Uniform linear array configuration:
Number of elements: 24
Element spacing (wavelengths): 1
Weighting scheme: kaiser
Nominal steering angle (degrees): -15
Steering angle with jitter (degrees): -14.77
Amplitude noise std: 0.05
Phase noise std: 0.05

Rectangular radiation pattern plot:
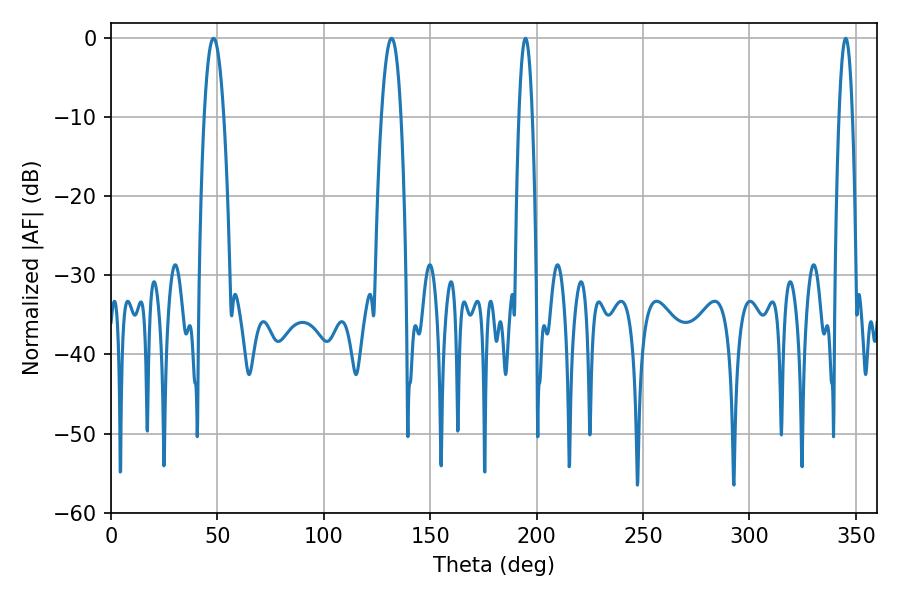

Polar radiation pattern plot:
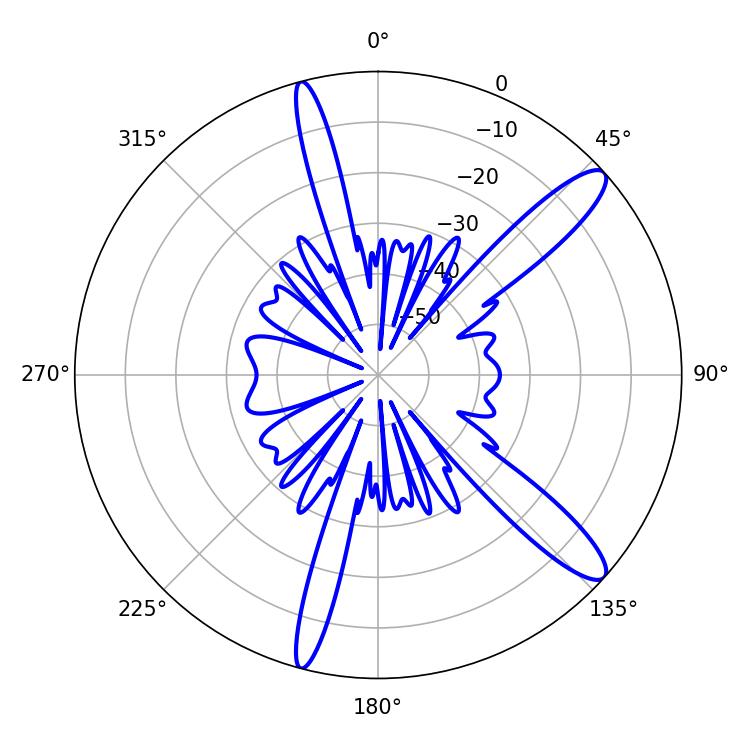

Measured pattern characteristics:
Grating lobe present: TRUE
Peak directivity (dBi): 12.632
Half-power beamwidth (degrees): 3.42
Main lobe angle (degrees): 194.76